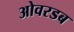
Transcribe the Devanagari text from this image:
ओवरडब